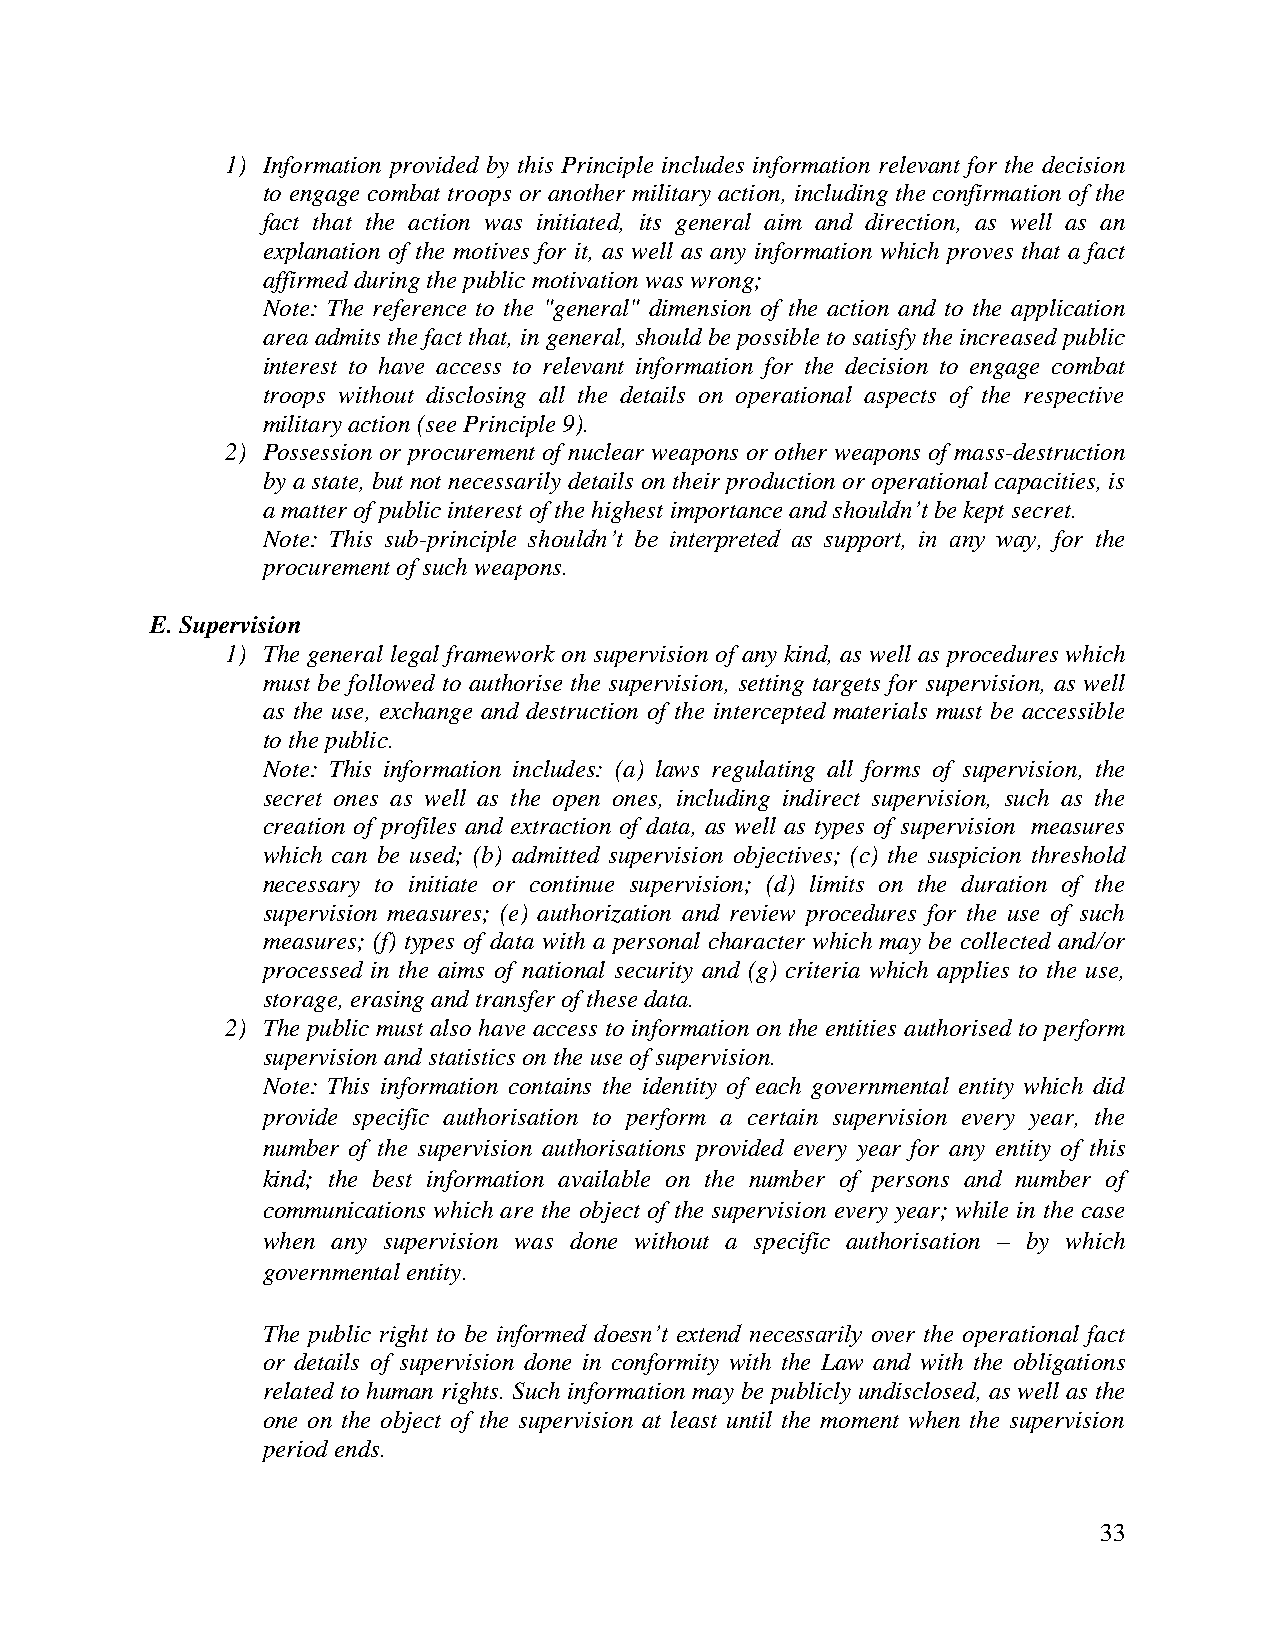
1) Information provided by this Principle includes information relevant for the decision
 to engage combat troops or another military action, including the confirmation of the
 fact that the action was initiated, its general aim and direction, as well as an
 explanation of the motives for it, as well as any information which proves that a fact
 affirmed during the public motivation was wrong;
 Note: The reference to the "general" dimension of the action and to the application
 area admits the fact that, in general, should be possible to satisfy the increased public
 interest to have access to relevant information for the decision to engage combat
 troops without disclosing all the details on operational aspects of the respective
 military action (see Principle 9).
 2) Possession or procurement of nuclear weapons or other weapons of mass-destruction
 by a state, but not necessarily details on their production or operational capacities, is
 a matter of public interest of the highest importance and shouldn’t be kept secret.
 Note: This sub-principle shouldn’t be interpreted as support, in any way, for the
 procurement of such weapons.
 E. Supervision
 1) The general legal framework on supervision of any kind, as well as procedures which
 must be followed to authorise the supervision, setting targets for supervision, as well
 as the use, exchange and destruction of the intercepted materials must be accessible
 to the public.
 Note: This information includes: (a) laws regulating all forms of supervision, the
 secret ones as well as the open ones, including indirect supervision, such as the
 creation of profiles and extraction of data, as well as types of supervision measures
 which can be used; (b) admitted supervision objectives; (c) the suspicion threshold
 necessary to initiate or continue supervision; (d) limits on the duration of the
 supervision measures; (e) authorization and review procedures for the use of such
 measures; (f) types of data with a personal character which may be collected and/or
 processed in the aims of national security and (g) criteria which applies to the use,
 storage, erasing and transfer of these data.
 2) The public must also have access to information on the entities authorised to perform
 supervision and statistics on the use of supervision.
 Note: This information contains the identity of each governmental entity which did
 provide specific authorisation to perform a certain supervision every year, the
 number of the supervision authorisations provided every year for any entity of this
 kind; the best information available on the number of persons and number of
 communications which are the object of the supervision every year; while in the case
 when any supervision was done without a specific authorisation – by which
 governmental entity.
 The public right to be informed doesn’t extend necessarily over the operational fact
 or details of supervision done in conformity with the Law and with the obligations
 related to human rights. Such information may be publicly undisclosed, as well as the
 one on the object of the supervision at least until the moment when the supervision
 period ends.
 33